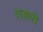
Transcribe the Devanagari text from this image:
शकरी